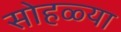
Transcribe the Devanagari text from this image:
सोहळ्या